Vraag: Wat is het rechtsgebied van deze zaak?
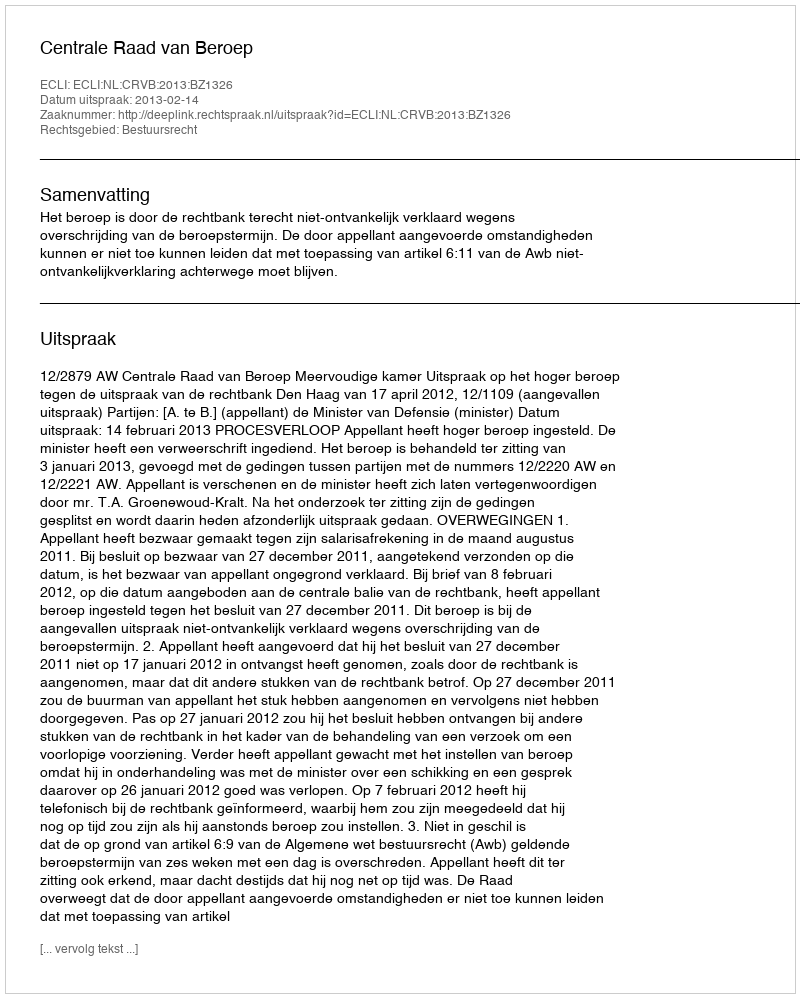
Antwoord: Bestuursrecht